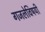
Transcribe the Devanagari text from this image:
गजलेविषयी